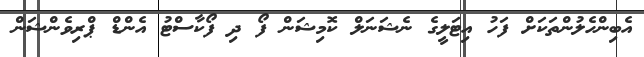
އެބިންހެލުންތަކަށް ފަހު އިޓަލީގެ ނެޝަނަލް ކޮމިޝަން ފޯ ދި ފޯކާސްޓު އެންޑް ޕްރިވެންޝަން